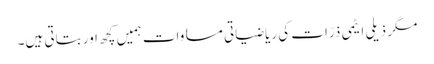
مگر ذیلی ایٹمی ذرّات کی ریاضیاتی مساوات ہمیں کچھ اور بتاتی ہیں۔